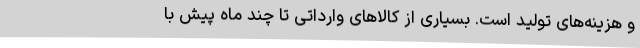
و هزینه‌های تولید است. بسیاری از کالاهای وارداتی تا چند ماه پیش با